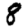
Digit: 8